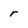
Character: r